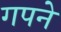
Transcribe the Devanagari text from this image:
गपने